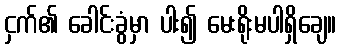
ငှက်၏ ခေါင်းခွံမှာ ပါး၍ မေးရိုးမပါရှိချေ။